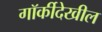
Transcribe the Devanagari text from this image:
गॉर्कीदेखील